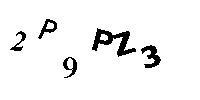
2P9PZ3